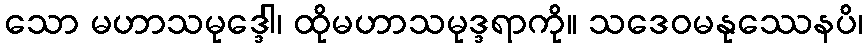
သော မဟာသမုဒ္ဒေါ၊ ထိုမဟာသမုဒ္ဒရာကို။ သဒေဝမနုဿေနပိ၊